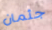
جثمان